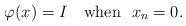
LaTeX: \begin{align*}\varphi(x)=I\ \ \ \mbox{when}\ \ x_n=0.\end{align*}